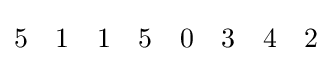
5\quad 1\quad 1\quad 5\quad 0\quad 3\quad 4\quad 2